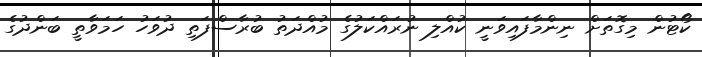
ކޯޓުން މިގޮތަށް ނިންމާފައިވަނީ ކުއްލި ނުރައްކަލުގެ މުއްދަތު ބުރާސްފަތި ދުވަހު ހަމަވާތީ ބަންދުގެ